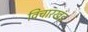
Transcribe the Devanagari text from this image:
विचारखंड